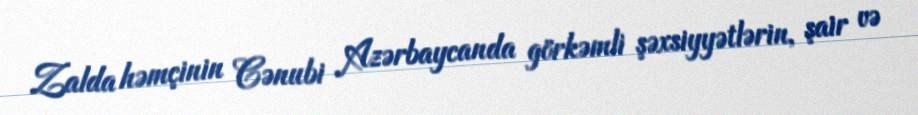
Zalda həmçinin Cənubi Azərbaycanda görkəmli şəxsiyyətlərin, şair və